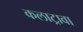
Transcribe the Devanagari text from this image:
कलाट्रावा